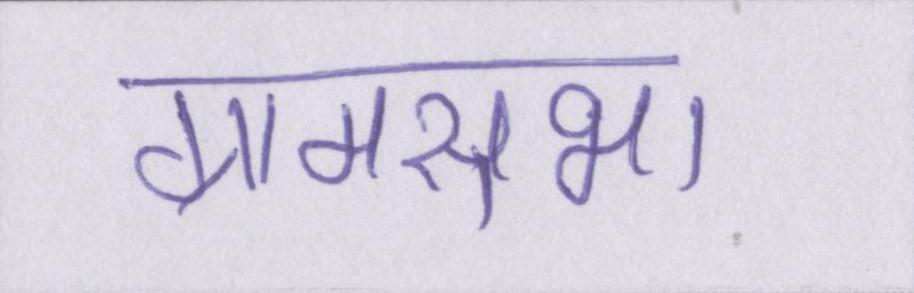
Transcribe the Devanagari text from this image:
ग्रामसभा